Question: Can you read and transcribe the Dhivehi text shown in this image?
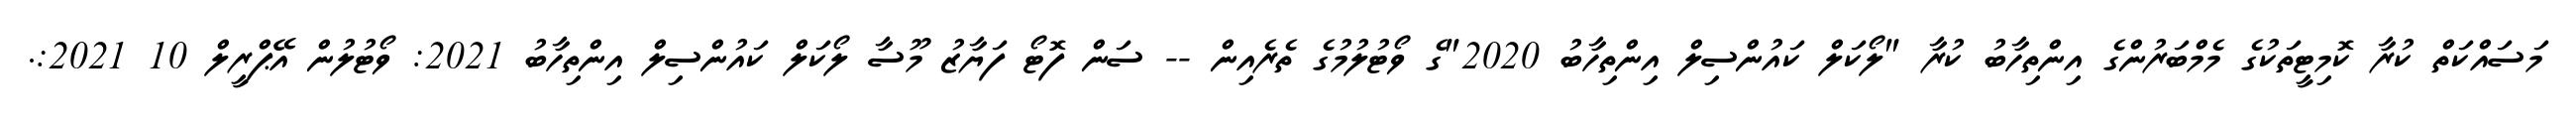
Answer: މަސައްކަތް ކުރާ ކޮމިޓީތަކުގެ މެމްބަރުންގެ އިންތިހާބު ކުރާ "ލޯކަލް ކައުންސިލް އިންތިހާބު 2020"ގެ ވޯޓުލުމުގެ ތެރެއިން -- ސަން ފޮޓޯ ފަޔާޒު މޫސާ ލޯކަލް ކައުންސިލް އިންތިހާބު 2021: ވޯޓުލުން އޭޕްރީލް 10 2021:.